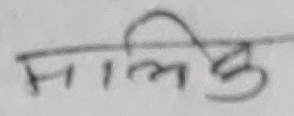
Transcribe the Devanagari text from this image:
मलिछु